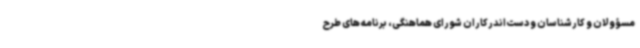
مسؤولان و کارشناسان و دست‌اندرکاران شورای هماهنگی، برنامه های طرح